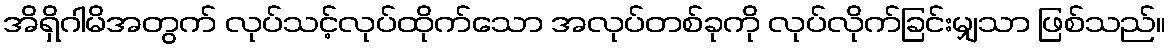
အိရှိဂါမိအတွက် လုပ်သင့်လုပ်ထိုက်သော အလုပ်တစ်ခုကို လုပ်လိုက်ခြင်းမျှသာ ဖြစ်သည်။